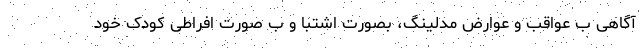
آگاهی ب عواقب و عوارض مدلینگ، بصورت اشتبا و ب صورت افراطی کودک خود